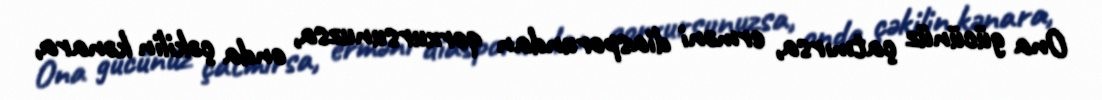
Ona gücünüz çatmırsa, erməni diasporundan qorxursunuzsa, onda çəkilin kənara,